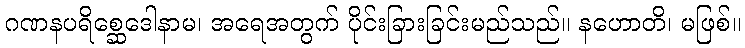
ဂဏနပရိစ္ဆေဒေါနာမ၊ အရေအတွက် ပိုင်းခြားခြင်းမည်သည်။ နဟောတိ၊ မဖြစ်။